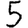
Digit: 5